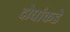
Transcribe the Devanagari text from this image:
दोघांकडे